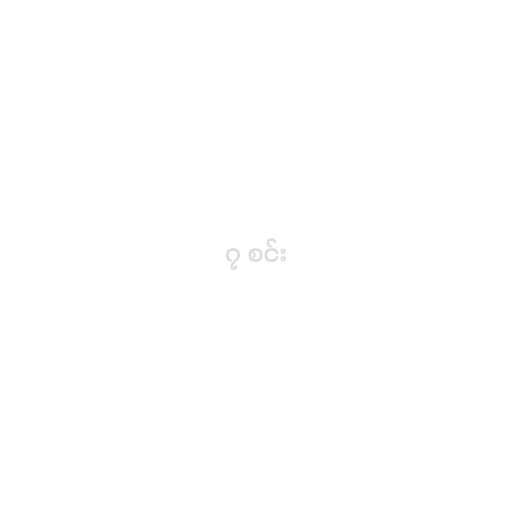
၇ စင်း